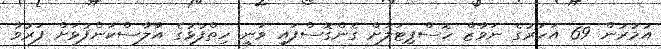
އުމުރުން 69 އަހަރުގެ ނަވާޒް ހޮސްޕިޓަލަށް ގެންގޮސްފައި ވަނީ ހިތްފުޅުގެ އާލާސްކަންފުޅަށް ފަރުވާ